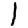
Digit: 1